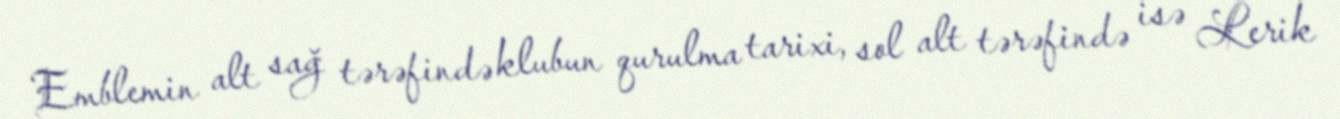
Emblemin alt sağ tərəfində klubun qurulma tarixi, sol alt tərəfində isə Lerik